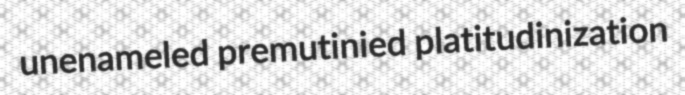
unenameled premutinied platitudinization